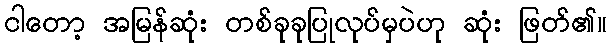
ငါတော့ အမြန်ဆုံး တစ်ခုခုပြုလုပ်မှပဲဟု ဆုံး ဖြတ်၏။